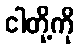
ငါတို့ကို